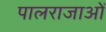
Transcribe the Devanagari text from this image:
पालराजाओं